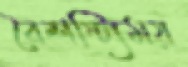
বৈশষ্ট্যিময়